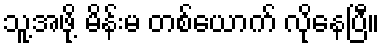
သူ့အဖို့ မိန်းမ တစ်ယောက် လိုနေပြီ။